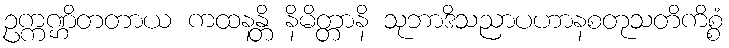
ဥက္ကဏ္ဌိတတာယ ကထနန္တိ နိမိတ္တာနိ သုဘာဒိသညာပဟာနစတုသတိကိစ္စံ